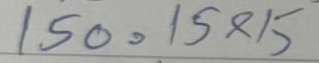
150 = 15x15